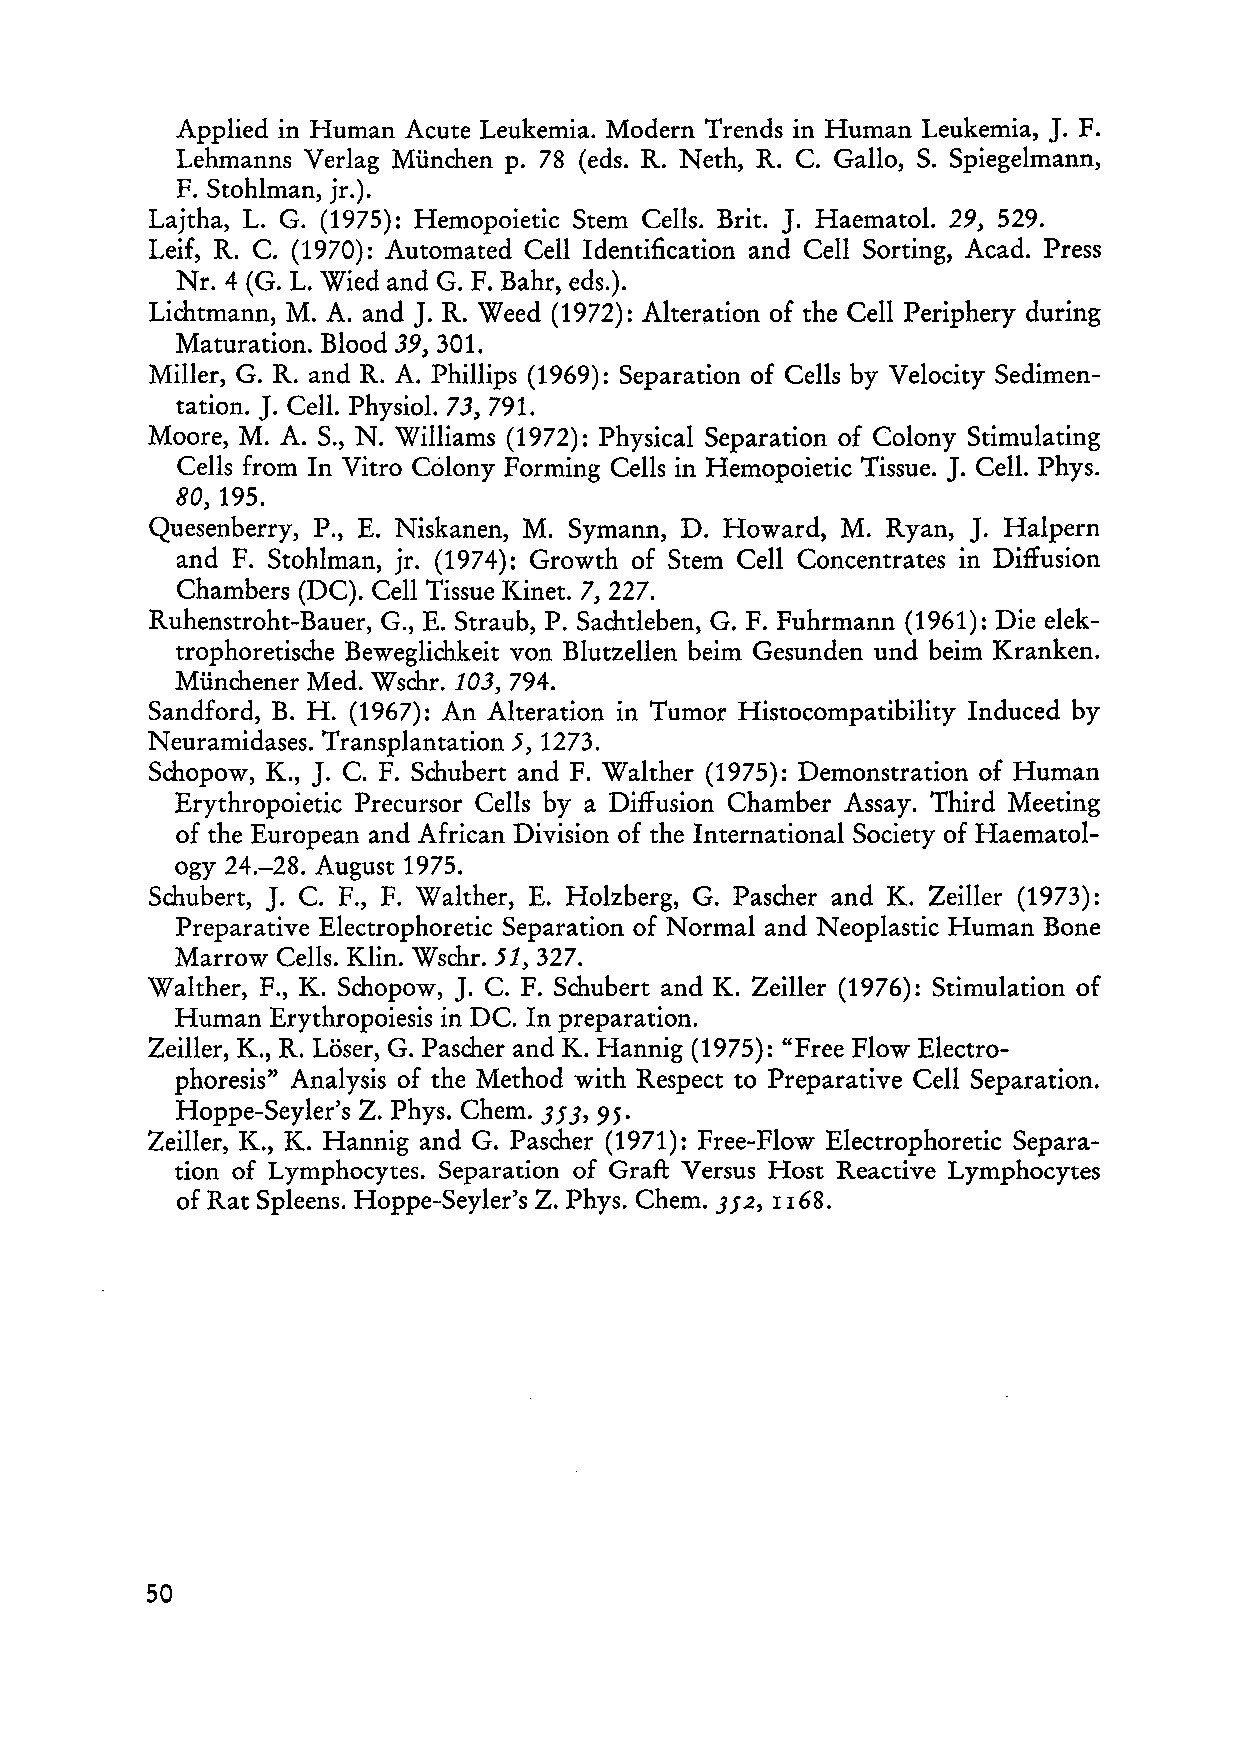
J.
 Applied in Human Acute Leukemia. Modern Trends in Human Leukemia, F.
 Lehmanns Verlag München p. 78 (eds. R. Neth, R. C. Gallo, S. Spiegelmann,
 F. Stohlman, jr.).
 Lajtha, L. G. (1975): Hemopoietic Stern Cells. Brit. J. Haematol. 29, 529.
 Leif, R. C. (1970): Automated Cell Identification and Cell Sorting, Acad. Press
 Nr. 4 (G. L. Wied and G. F. Bahr, eds.).
 J.
 Lichtmann, M. A. and R. Weed (1972): Alteration of the Cell Periphery during
 Maturation. Blood 39, 301.
 Miller, G. R. and R. A. Phillips (1969): Separation of Cells by Velocity Sedimen
 J.
 tation. Cell. Physiol. 73, 791.
 Moore, M. A. S., N. Williams (1972): Physical Separation of Colony Stimulating
 J.
 Cells from In Vitro Colony Forming Cells in Hemopoietic Tissue. Cell. Phys.
 80, 195.
 J.
 Quesenberry, P., E. Niskanen, M. Symann, D. Howard, M. Ryan, Halpern
 and F. Stohlman, jr. (1974): Growth of Stern Cell Concentrates in Diffusion
 Chambers (DC). Cell Tissue Kinet. 7,227.
 Ruhenstroht-Bauer, G., E. Straub, P. Sachtlehen, G. F. Fuhrmann (1961): Die elek
 trophoretische Beweglichkeit von Blutzellen beim Gesunden und heim Kranken.
 Münchener Med. Wschr. 103, 794.
 Sandford, B. H. (1967): An Alteration in Tumor Histocompatibility Induced by
 Neuramidases. Transplantation 5, 1273.
 J.
 Schopow, K., C. F. Schuhert and F. Walther (1975): Demonstration of Human
 Erythropoietic Precursor Cells hy a Diffusion Chamber Assay. Third Meeting
 of the European and African Division of the International Society of Haematol
 ogy 24.-28. August 1975.
 Schuhert, J. C. F., F. Walther, E. Holzherg, G. Pascher and K. Zeiller (1973):
 Preparative Electrophoretic Separation of Normal and Neoplastic Human Bone
 Marrow Cells. Klin. Wschr. 51, 327.
 Walther, F., K. Schopow, J. C. F. Schubert and K. Zeiller (1976): Stimulation of
 Human Erythropoiesis in DC. In preparation.
 Zeiller, K., R. Löser, G. Pascher and K. Hannig (1975): "Free Flow Electro
 phoresis" Analysis of the Method with Respect to Preparative Cell Separation.
 Hoppe-Seyler's Z. Phys. Chem. 353, 95.
 Zeiller, K., K. Hannig and G. Pascher (1971): Free-Flow Electrophoretic Separa
 tion of Lymphocytes. Separation of Graft Versus Host Reactive Lymphocytes
 of Rat Spleens. Hoppe-Seyler's Z. Phys. Chem. 352, 1I68.
 50